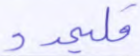
فليمدد